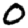
Digit: 0